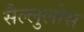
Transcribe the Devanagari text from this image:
सैल्लुलोस